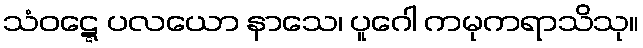
သံဝဋ္ဋေ ပလယော နာသေ၊ ပူဂေါ ကမုကရာသိသု။